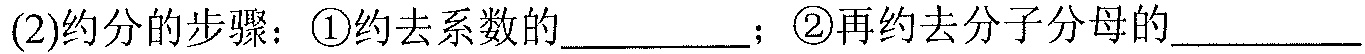
(2)约分的步骤：\textcircled{1}约去系数的_________；\textcircled{2}再约去分子分母的_________